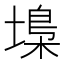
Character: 𡏭